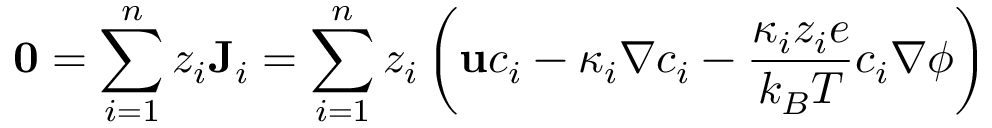
\mathbf { 0 } = \sum _ { i = 1 } ^ { n } z _ { i } \mathbf { J } _ { i } = \sum _ { i = 1 } ^ { n } z _ { i } \left( \mathbf { u } c _ { i } - \kappa _ { i } \nabla c _ { i } - \frac { \kappa _ { i } z _ { i } e } { k _ { B } T } c _ { i } \nabla \phi \right)